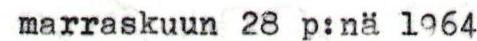
marraskuun 28p:nä 1964